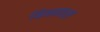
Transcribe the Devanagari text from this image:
बिनमाल